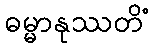
ဓမ္မာနုဿတိံ